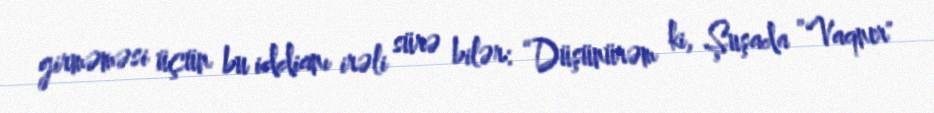
girməməsi üçün bu iddianı irəli sürə bilər: “Düşünürəm ki, Şuşada ”Vaqner"